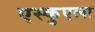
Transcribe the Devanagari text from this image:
एस्कुएला